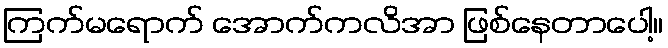
ကြက်မရောက် အောက်ကလိအာ ဖြစ်နေတာပေါ့။